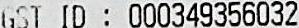
GST ID : 000349356032